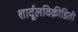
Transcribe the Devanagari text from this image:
शार्दूलविक्रीडिती